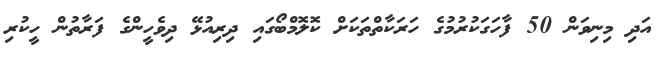
އަދި މިނިވަން 50 ފާހަގަކުރުމުގެ ހަރަކާތްތަކަށް ކޮލޮމްބޯގައި ދިރިއުޅޭ ދިވެހީންގެ ފަރާތުން ހީކުރި